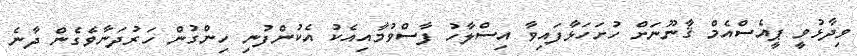
ވިދާޅުވީ ޕީއެސްއެމް ޤާނޫނަށް ހުށަހަޅާފައިވާ އިސްލާހު ފާސްވުމާއިއެކު އެކުންފުނި ހިންގުން ހަރުދަނާވެގެން ދާނެ